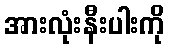
အားလုံးနီးပါးကို